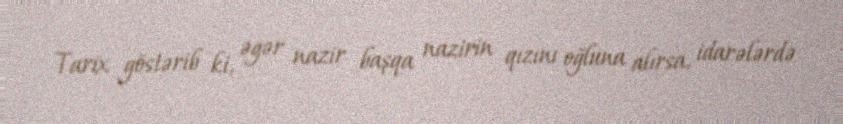
Tarix göstərib ki, əgər nazir başqa nazirin qızını oğluna alırsa, idarələrdə